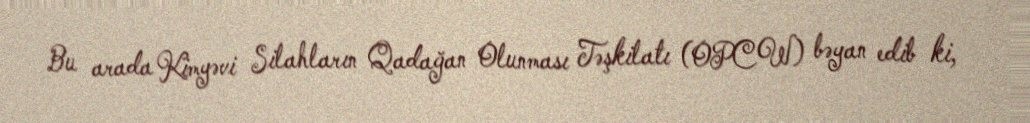
Bu arada Kimyəvi Silahların Qadağan Olunması Təşkilatı (OPCW) bəyan edib ki,